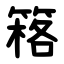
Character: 䈷